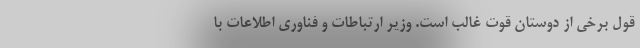
قول برخی از دوستان قوت غالب است. وزیر ارتباطات و فناوری اطلاعات با